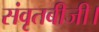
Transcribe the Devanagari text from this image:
संवृतबीजी।